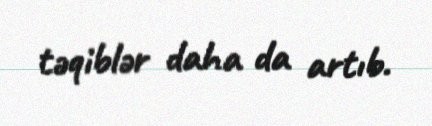
təqiblər daha da artıb.